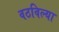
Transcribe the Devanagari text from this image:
वठविल्या